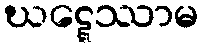
ဃဋ္ဋေဿာမ